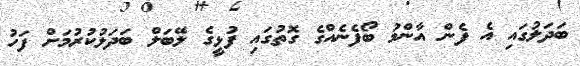
ބަދަލުގައި އެ ފެން އާންމު ބޯފެނެއްގެ ގޮތުގައި ފުޅީގެ ލޭބަލް ބަދަލުކުރުމަށް ފަހު